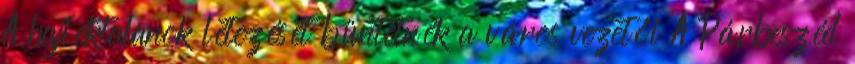
A hajléktalanok létezését büntetnék a város vezetői A Párbeszéd